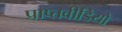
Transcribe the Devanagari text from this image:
प्राप्तवीडियो